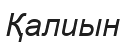
Қалиын